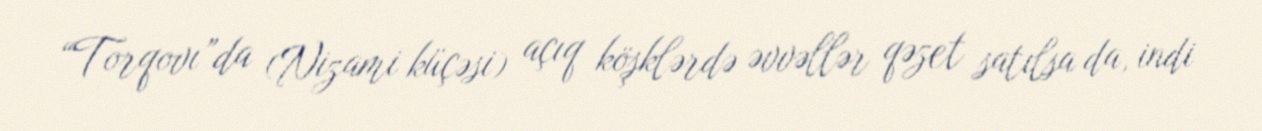
“Torqovı”da (Nizami küçəsi) açıq köşklərdə əvvəllər qəzet satılsa da, indi